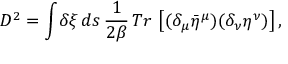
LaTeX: D ^ { 2 } = \int \! \delta \xi \, d s \, { \frac { 1 } { 2 \beta } } \, T r \, \left[ ( \delta _ { \mu } { \bar { \eta } } ^ { \mu } ) ( \delta _ { \nu } \eta ^ { \nu } ) \right] ,